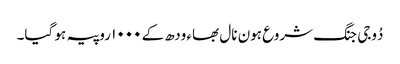
دُوجی جنگ شروع ہون نال بھاء ودھ کے ١٠٠٠ روپیہ ہو گیا۔